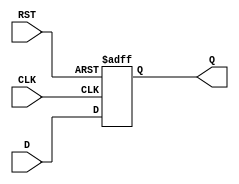
module DataRegister #(
    parameter WIDTH = 8  // Parameter to define the width of the register
)(
    input wire [WIDTH-1:0] D,    // Data input
    input wire CLK,               // Clock input
    input wire RST,               // Asynchronous reset input
    output reg [WIDTH-1:0] Q      // Data output
);

    // Always block for the register behavior
    always @(posedge CLK or posedge RST) begin
        if (RST) begin
            Q <= {WIDTH{1'b0}};     // Asynchronous reset: clear the register
        end else begin
            Q <= D;                 // Capture data on the rising edge of the clock
        end
    end

endmodule